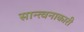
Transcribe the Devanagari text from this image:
सान्त्वनाकारी